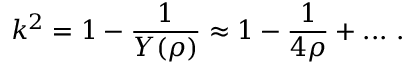
k ^ { 2 } = 1 - \frac { 1 } { Y ( \rho ) } \approx 1 - \frac { 1 } { 4 \rho } + . . . ~ .